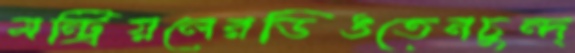
মন্ট্রিয়লেরডিঙতেনচুন্দ্